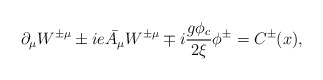
\begin{align*} \partial_{\mu}W^{\pm \mu} \pm ie\bar{A_{\mu}}W^{\pm \mu} \mp i\frac{g\phi_c}{2\xi}\phi^{\pm} = C^{\pm}(x),\end{align*}